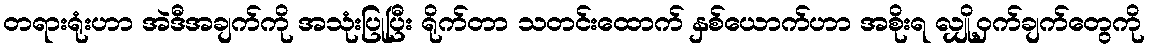
တရားရုံးဟာ အဲဒီအချက်ကို အသုံးပြုပြီး ရိုက်တာ သတင်းထောက် နှစ်ယောက်ဟာ အစိုးရ လျှို့ဝှက်ချက်တွေကို